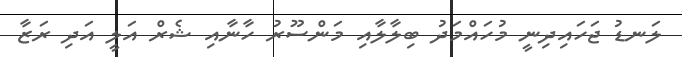
ލަނޑު ޖަހައިދިނީ މުހައްމަދު ބިލާލާއި މަންސޫރު ހާނާއި ޝެރް އަލީ އަދި ރަޒާ